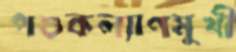
পশুকল্যাণমুখী